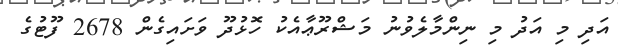
އަދި މި އަދު މި ނިންމާލެވުނު މަޝްރޫޢާއެކު ހޮޅުދޫ ވަށައިގެން 2678 ފޫޓުގެ